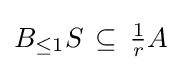
B_{\leq 1}S\,\subseteq \,{\tfrac {1}{r}}A